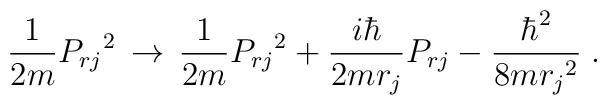
\frac{1}{2m} {P_{rj}}^2\, \rightarrow \,\frac{1}{2m} {P_{rj}}^2+ \frac{i \hbar}{2m r_j } P_{rj}- \frac{\hbar^2}{ 8 m {r_j}^2} \; .